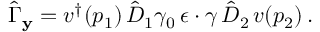
\hat { \Gamma } _ { \bf y } = v ^ { \dagger } ( p _ { 1 } ) \, \hat { D } _ { 1 } \gamma _ { 0 } \, \epsilon \cdot \gamma \, \hat { D } _ { 2 } \, v ( p _ { 2 } ) \, .